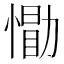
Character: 𪬢